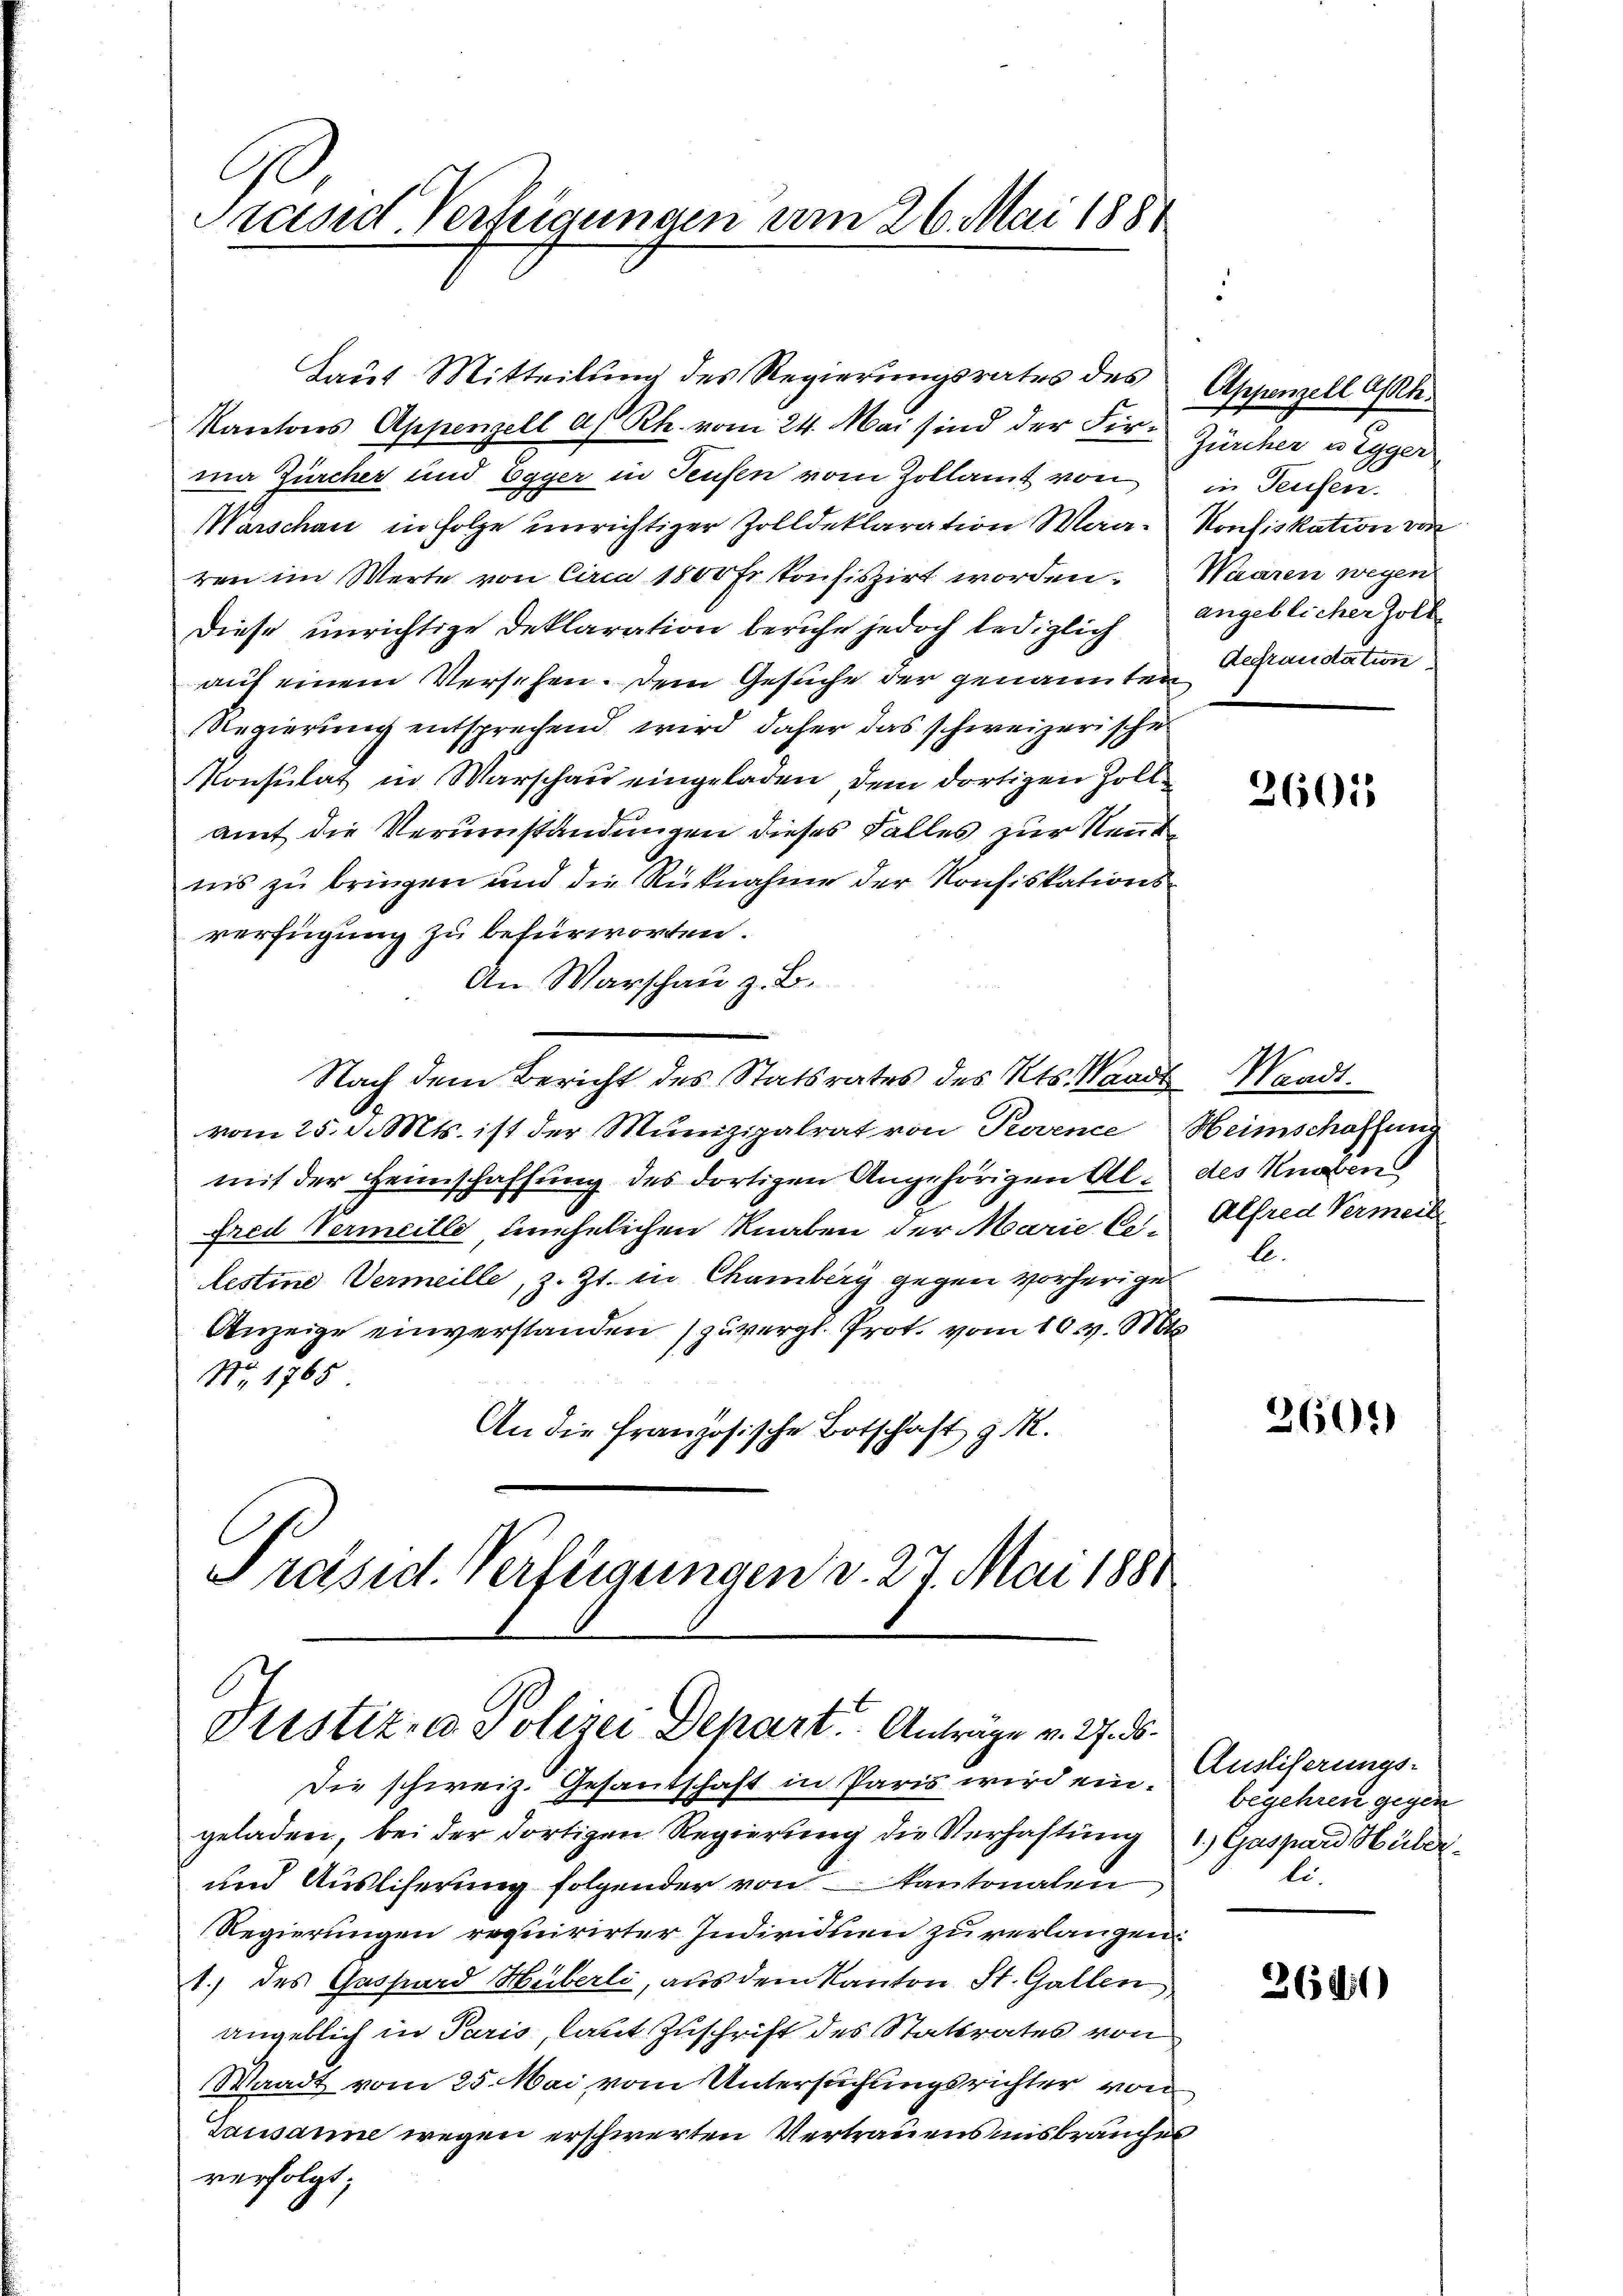
C
Präsid. Verfeigungen am 26. Mai 1881

Laut Mitteilŭng des Regierungsrates des Appenzell Ah.

Kantons Appenzell a/Rh. vom 24. Mai sind der Firma Zürcher und Egger in Teufen vom Zollamt von in Teufen.
Warschau in Folge unrichtiger Zolldeklaration Waa-Konfiskation von
ren im Werte von Circa 1800 Fr. konfiszirt worden. Waaren wegen
Diese unrichtige Deklaration beruhe jedoch lediglich
auf einem Versehen. Dem Gesuche der genannten
Regierung entsprechend wird daher das schweizerische
Konsulat in Warschau eingeladen, dem dortigen Zollamt die Verumständungen dieses Falles zur Rent
nis zu bringen und die Rücknahme der Konfiskationsverfügung zu befürworten.
An Warschau z. B.
Nach dem Bericht des Statsrates des Kts. Waadt, Waadt.
vom 25. d. Mts. ist der Munizipalrat von Provence Heimschaffung
mit der Heimschaffung des dortigen Angehörigen Alfred Vermeille unehelichen Knaben der Marie Cilestine Vermeille, z. Zt. in Chamberg gegen vorherige
Anzeige einverstanden (zuvergl. Prot. vom 10. d. Mts.
Nr. 1765
An die Französische Botschaft d. M.
Präsid. Verfügungen v. 27. Mai 1881

Justiz- & Polizei Depart Anträge v. 2. d.

Die schweiz. Gesantschaft in Paris wird ein Auslieferungs-
geladen, bei der dortigen Regierung die Verhaftung 1) Gaspard Hüber¬
und Ausliserung folgender von Kantonalen,
Regierungen requirirter Individuen zu verlangen:
1.) des Gassard Huberli, aus dem Kanton St. Gallen
angeblich in Paris, laut Zuschrift des Statsrates von
Stadt vom 25. Mai, vom Untersuchungsrichter von
Lausanne wegen erschwerten Vertrauensmisbrauches
verfolgt;

Zürcher u. Egger
angeblicher holte
Refraudation

2601

des Knaben
Alfred Vermeis
l.

3601)

begehren gegen
li.

2601)